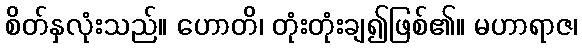
စိတ်နှလုံးသည်။ ဟောတိ၊ တုံးတုံးချ၍ဖြစ်၏။ မဟာရာဇ၊